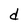
Character: d